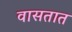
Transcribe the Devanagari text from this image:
वासतात